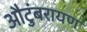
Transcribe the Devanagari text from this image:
औटुंबरायण